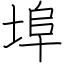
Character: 埠